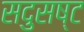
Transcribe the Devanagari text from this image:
सदुसष्ट